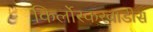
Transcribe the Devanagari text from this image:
किर्लोस्करवाडीस